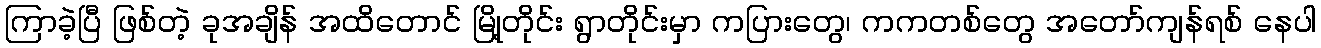
ကြာခဲ့ပြီ ဖြစ်တဲ့ ခုအချိန် အထိတောင် မြို့တိုင်း ရွာတိုင်းမှာ ကပြားတွေ၊ ကကတစ်တွေ အတော်ကျန်ရစ် နေပါ